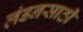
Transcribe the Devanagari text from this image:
लंडनसाठी